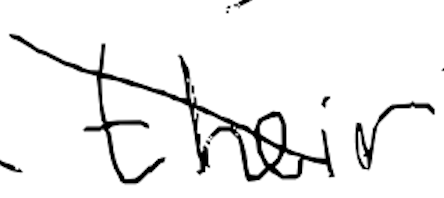
Text: their
Cross-out: mix
Writing tool: digital_black